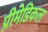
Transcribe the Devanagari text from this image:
प्रीमेडिकल